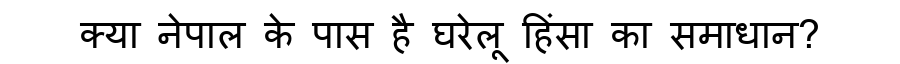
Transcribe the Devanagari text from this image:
क्या नेपाल के पास है घरेलू हिंसा का समाधान?